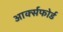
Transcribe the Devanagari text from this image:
आर्क्सफोर्ड